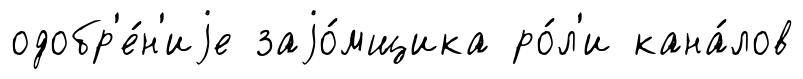
одобр'е́н'иjе заjо́мщика ро́л'и кана́лов